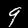
Digit: 9